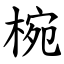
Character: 椀